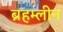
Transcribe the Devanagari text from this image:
ब्रहम्लीन